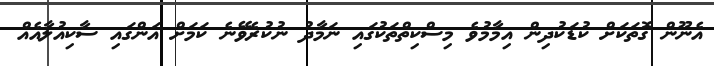
އެނޫން ގޮތަކަށް ކުޑަކުދިން އިމާމުވެ މިސްކިތްތަކުގައި ނަމާދު ނުކުރެވޭނެ ކަމަށް އަންގައި ސާކިއުލާއެއް